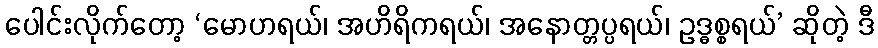
ပေါင်းလိုက်တော့ ‘မောဟရယ်၊ အဟိရိကရယ်၊ အနောတ္တပ္ပရယ်၊ ဥဒ္ဓစ္စရယ်’ ဆိုတဲ့ ဒီ